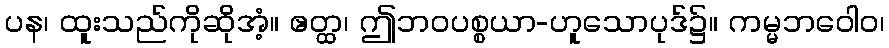
ပန၊ ထူးသည်ကိုဆိုအံ့။ ဧတ္ထ၊ ဤဘဝပစ္စယာ-ဟူသောပုဒ်၌။ ကမ္မဘဝေါဝ၊